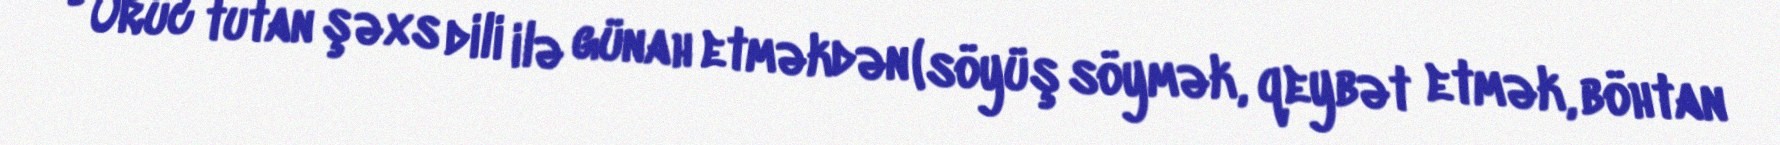
• Oruc tutan şəxs dili ilə günah etməkdən (söyüş söymək, qeybət etmək, böhtan